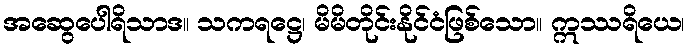
အဆွေပေါရိသာဒ။ သကရဋ္ဌေ၊ မိမိတိုင်းနိုင်ငံဖြစ်သော။ ဣဿရိယေ၊